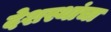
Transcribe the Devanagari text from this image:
देशस्थांचा